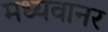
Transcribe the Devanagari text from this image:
मध्यवानर